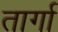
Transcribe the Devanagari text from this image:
तार्गा